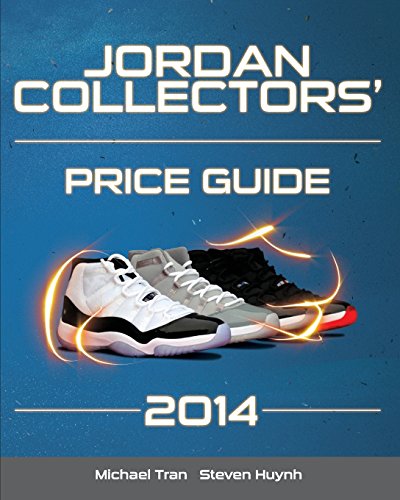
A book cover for Jordan Collectors' Price Guide 2014; Michael Tran; Crafts, Hobbies & Home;